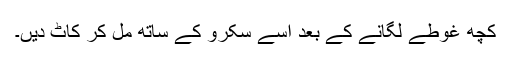
کچھ غوطے لگانے کے بعد اسے سکرو کے ساتھ مل کر کاٹ دیں۔